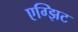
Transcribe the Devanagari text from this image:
एग्झिट